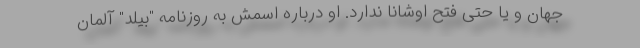
جهان و یا حتی فتح اوشانا ندارد. او درباره اسمش به روزنامه "بیلد" آلمان